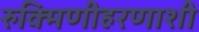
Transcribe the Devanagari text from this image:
रुक्मिणीहरणाशी